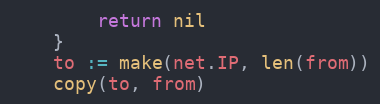
Language: Go
		return nil
	}
	to := make(net.IP, len(from))
	copy(to, from)